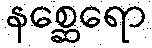
နစ္ဆေရော